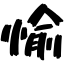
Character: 愉